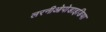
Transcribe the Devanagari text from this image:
लरनीओपोडाइडिया